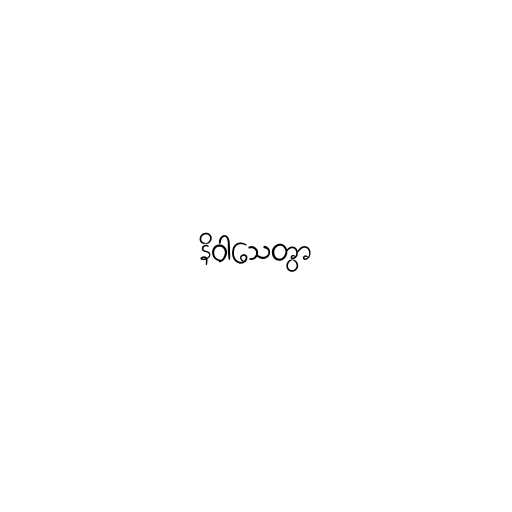
နိဝါသေတွာ